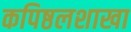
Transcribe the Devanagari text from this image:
कपिष्ठलशाखा